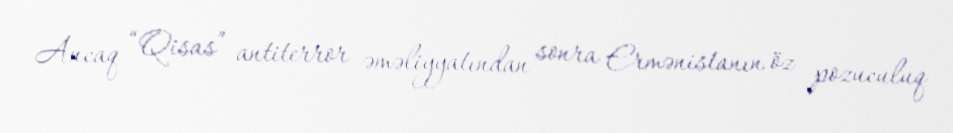
Ancaq “Qisas” antiterror əməliyyatından sonra Ermənistanın öz pozuculuq